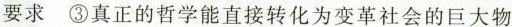
要求③真正的哲学能直接转化为变革社会的巨大物